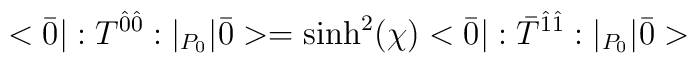
<\bar{0}|:T^{\hat{0}\hat{0}}:|_{P_0}|\bar{0}> =  \sinh^2(\chi) <\bar{0}|:\bar{T}^{\hat{1}\hat{1}}:|_{P_0}|\bar{0}>